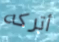
أتركه